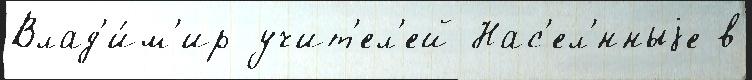
Влад'и́м'ир учит'ел'ей Нас'ел'́нныjе в